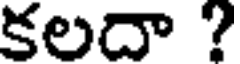
కలదా ?